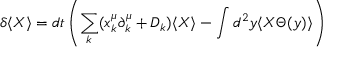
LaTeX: \delta \langle X \rangle = d t \left( \sum _ { k } ( x _ { k } ^ { \mu } \partial _ { k } ^ { \mu } + D _ { k } ) \langle X \rangle - \int d ^ { 2 } y \langle X \Theta ( y ) \rangle \right)